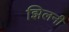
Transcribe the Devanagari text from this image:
झिलनी